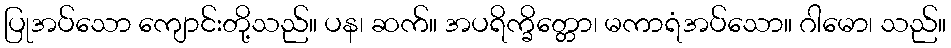
ပြုအပ်သော ကျောင်းတို့သည်။ ပန၊ ဆက်။ အပရိက္ခိတ္တော၊ မကာရံအပ်သော။ ဂါမော၊ သည်။